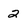
Character: 2